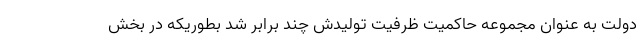
دولت به عنوان مجموعه حاکمیت ظرفیت تولیدش چند برابر شد بطوریکه در بخش